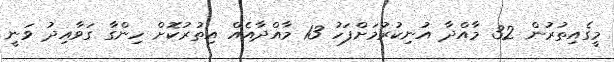
މީގެއިތުރުން 32 މާއްދާ އުނިކުރުމަށްފަހު 13 މާއްދާއެއް އިތުރުކޮށް ހިންގާ ގަވާއިދު ވަނީ